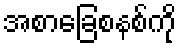
အစာခြေစနစ်ကို